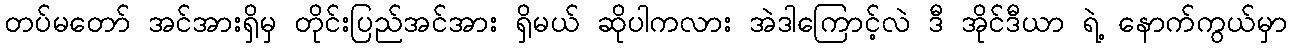
တပ်မတော် အင်အားရှိမှ တိုင်းပြည်အင်အား ရှိမယ် ဆိုပါကလား အဲဒါကြောင့်လဲ ဒီ အိုင်ဒီယာ ရဲ့ နောက်ကွယ်မှာ